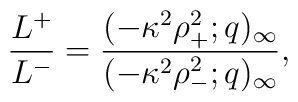
\frac{L^+}{L^-}=\frac{(-\kappa^2\rho_+^2;q)_{\infty}}{(-\kappa^2\rho_-^2;q)_{\infty}},